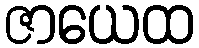
ဇာယေထ